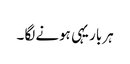
ہر بار یہی ہونے لگا ۔